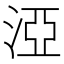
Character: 𣵾